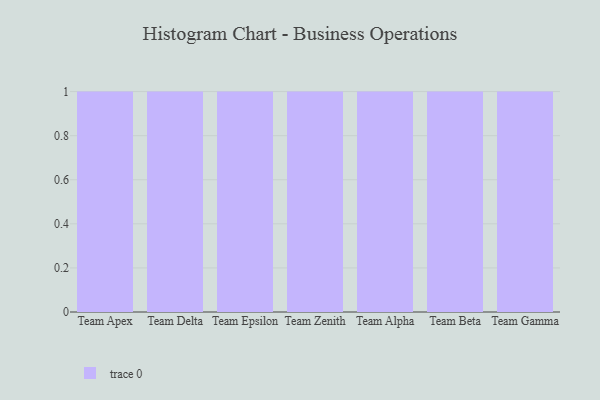
{"axis": {"x": "Team", "y": "Shipments"}, "legend": [""], "data": [{"x": "Team Apex", "y": 60, "type": ""}, {"x": "Team Delta", "y": 46, "type": ""}, {"x": "Team Epsilon", "y": 71, "type": ""}, {"x": "Team Zenith", "y": 76, "type": ""}, {"x": "Team Alpha", "y": 92, "type": ""}, {"x": "Team Beta", "y": 71, "type": ""}, {"x": "Team Gamma", "y": 24, "type": ""}]}